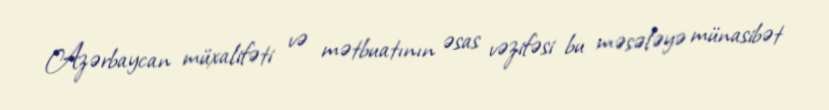
Azərbaycan müxalifəti və mətbuatının əsas vəzifəsi bu məsələyə münasibət